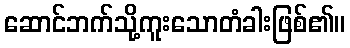
ဆောင်ဘက်သို့ကူးသောတံခါးဖြစ်၏။